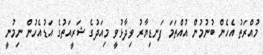
މުއްރަތު އެހެން ބުނުމުން އުއްތަމަ ފަނޑިޔާރު ވިދާޅުވީ މިއަދުގެ ޝަރީއަތުގެ އަޑުއެހުން ނިމުނީ